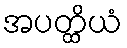
အပတ္ထိယံ